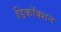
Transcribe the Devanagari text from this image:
डिकॉक्शन